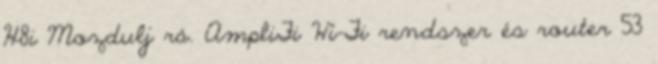
H8i Mozdulj rá. AmpliFi Wi-Fi rendszer és router 53